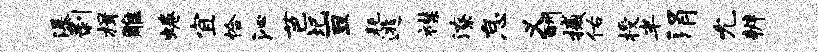
瀑剥楫雕蜷宜恰沁芭圯亘耗逃襟潦怠义酬撼佑授半涓允辨